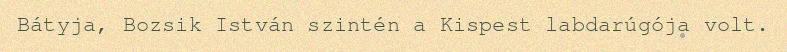
Bátyja, Bozsik István szintén a Kispest labdarúgója volt.